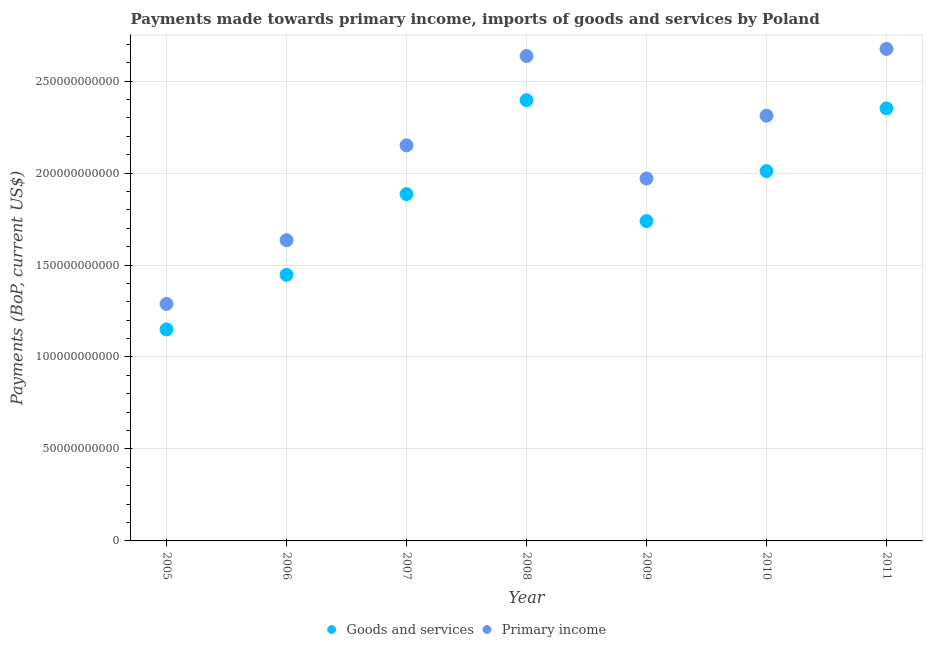
| Year | Goods and services | Primary income |
 | --- | --- | --- |
 | 2005 | 1.15e+11 | 1.29e+11 |
 | 2006 | 1.45e+11 | 1.63e+11 |
 | 2007 | 1.89e+11 | 2.15e+11 |
 | 2008 | 2.4e+11 | 2.64e+11 |
 | 2009 | 1.74e+11 | 1.97e+11 |
 | 2010 | 2.01e+11 | 2.31e+11 |
 | 2011 | 2.35e+11 | 2.68e+11 |